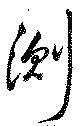
測